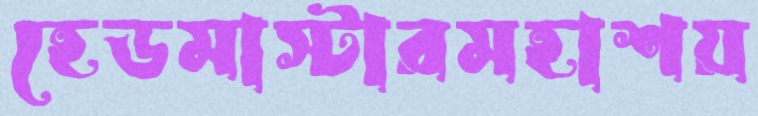
হেডমাস্টারমহাশয়